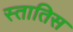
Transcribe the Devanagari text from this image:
स्तातिस